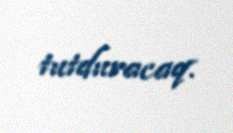
tutduracaq.